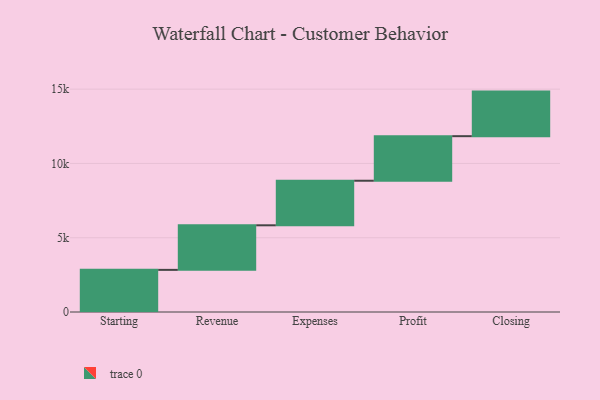
{"axis": {"x": "Step", "y": "Value"}, "legend": [""], "data": [{"x": "Starting", "y": 2836.0, "type": ""}, {"x": "Revenue", "y": 3000, "type": ""}, {"x": "Expenses", "y": 3000, "type": ""}, {"x": "Profit", "y": 3000, "type": ""}, {"x": "Closing", "y": 3000, "type": ""}]}